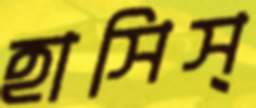
হাসিস্